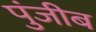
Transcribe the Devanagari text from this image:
पुंजीब